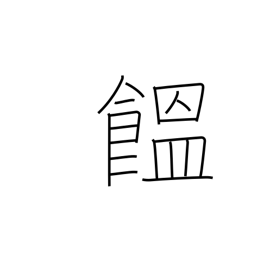
Meaning: Japanese noodles